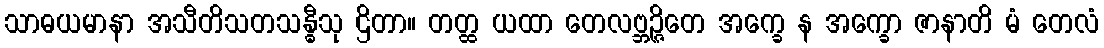
သာဓယမာနာ အသီတိသတသန္ဓီသု ဌိတာ။ တတ္ထ ယထာ တေလဗ္ဘဉ္ဇိတေ အက္ခေ န အက္ခော ဇာနာတိ မံ တေလံ